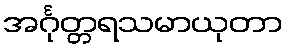
အင်္ဂုတ္တရသမာယုတာ